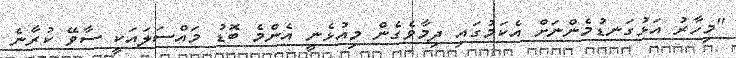
"މިހާރު އަޅުގަނޑުމެންނަށް އެކަމުގައި ދިމާވެގެން މިއުޅެނީ އެންމެ ބޮޑު މައްސަލައަކީ ސާވޭ ކުރާނެ